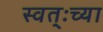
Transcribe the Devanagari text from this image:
स्वत्ःच्या